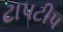
ટાપટીપ